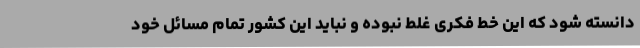
دانسته شود که این خط فکری غلط نبوده و نباید این کشور تمام مسائل خود